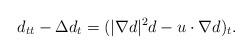
LaTeX: \begin{align*}d_{tt}-\Delta d_t=(|\nabla d|^2 d-u \cdot \nabla d)_t.\end{align*}